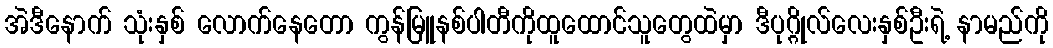
အဲဒီနောက် သုံးနှစ် လောက်နေတော ကွန်မြူနစ်ပါတီကိုထူထောင်သူတွေထဲမှာ ဒီပုဂ္ဂိုလ်လေးနှစ်ဦးရဲ့ နာမည်ကို